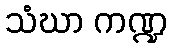
သံဃာ ကဏ္ဍ